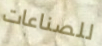
للصناعات